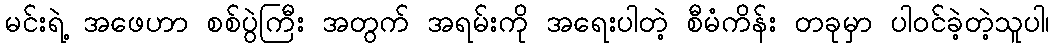
မင်းရဲ့ အဖေဟာ စစ်ပွဲကြီး အတွက် အရမ်းကို အရေးပါတဲ့ စီမံကိန်း တခုမှာ ပါဝင်ခဲ့တဲ့သူပါ၊